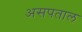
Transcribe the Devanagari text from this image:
असपताल